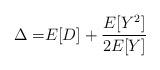
LaTeX: \begin{align*}\Delta =& E[D]+ \frac{E [Y^2]}{2E[Y]} \end{align*}